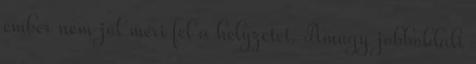
ember nem jól méri fel a helyzetet. Amúgy jobboldali